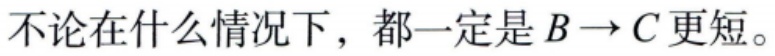
不论在什么情况下，都一定是\(B \to C\)更短。